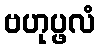
ဗဟုပ္ဖလံ